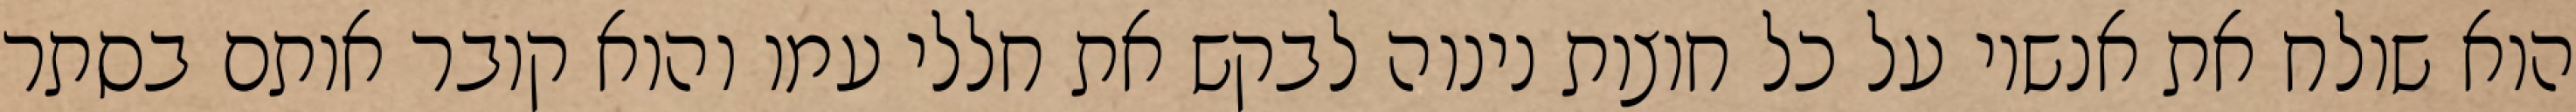
הוא שולח את אנשיו על כל חוצות נינוה לבקש את חללי עמו והוא קובר אותם בסתר